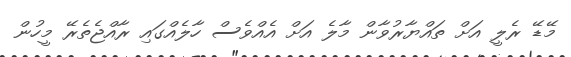
މޭޑޭ ރެލީ އަށް ތައްޔާރުވާން މާލެ އަށް އެއްވެސް ހާލެއްގައި ރާއްޖެތެރޭ މީހުން